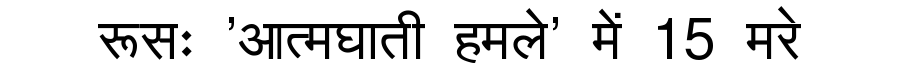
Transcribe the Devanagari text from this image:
रूसः 'आत्मघाती हमले' में 15 मरे